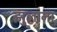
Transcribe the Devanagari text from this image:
झुलाना